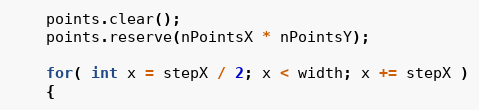
Language: C++
    points.clear();
    points.reserve(nPointsX * nPointsY);

    for( int x = stepX / 2; x < width; x += stepX )
    {